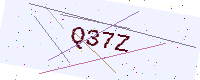
Text: Q37Z